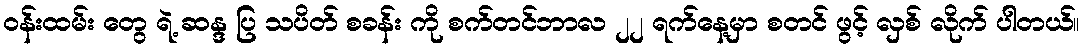
၀န်းထမ်း တွေ ရဲ့ ဆန္ဒ ပြ သပိတ် စခန်း ကို စက်တင်ဘာလ ၂၂ ရက်နေ့မှာ စတင် ဖွင့် လှစ် လိုက် ပါတယ်။